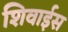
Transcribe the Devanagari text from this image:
शिवाईस